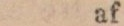
af